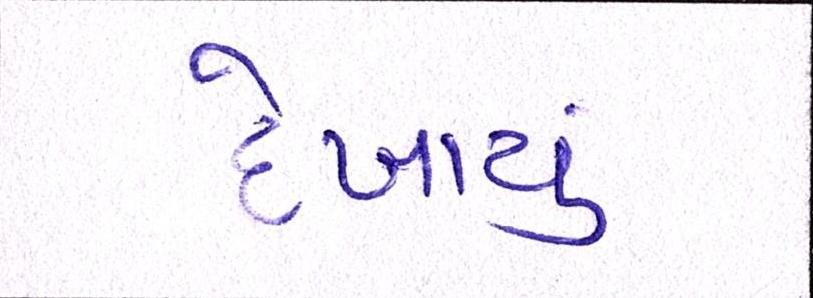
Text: દેખાયું